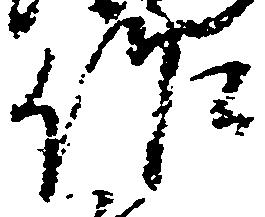
作